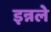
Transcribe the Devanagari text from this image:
इन्नले